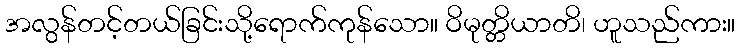
အလွန်တင့်တယ်ခြင်းသို့ရောက်ကုန်သော။ ဝိမုတ္တိယာတိ၊ ဟူသည်ကား။